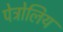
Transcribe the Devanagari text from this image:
पेट्रोलिय